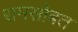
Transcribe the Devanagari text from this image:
रामसोबत